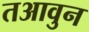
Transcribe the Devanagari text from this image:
तआवुन